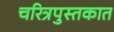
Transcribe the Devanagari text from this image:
चरित्रपुस्तकात